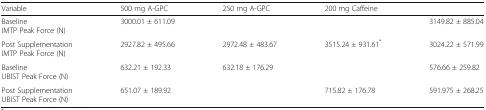
<table><thead><tr><td><b>Variable</b></td><td><b>500 mg A-GPC</b></td><td><b>250 mg A-GPC</b></td><td><b>200 mg Caffeine</b></td><td>[EMPTY_CELL]</td></tr></thead><tbody><tr><td>BaselineIMTP Peak Force (N)</td><td>3000.01 ± 611.09</td><td>[EMPTY_CELL]</td><td>[EMPTY_CELL]</td><td>3149.82 ± 885.04</td></tr><tr><td>Post SupplementationIMTP Peak Force (N)</td><td>2927.82 ± 495.66</td><td>2972.48 ± 483.67</td><td>3515.24 ± 931.61<sup>*</sup></td><td>3024.22 ± 571.99</td></tr><tr><td>BaselineUBIST Peak Force (N)</td><td>632.21 ± 192.33</td><td>632.18 ± 176.29</td><td>[EMPTY_CELL]</td><td>576.66 ± 259.82</td></tr><tr><td>Post SupplementationUBIST Peak Force (N)</td><td>651.07 ± 189.92</td><td>[EMPTY_CELL]</td><td>715.82 ± 176.78</td><td>591.975 ± 268.25</td></tr></tbody></table>